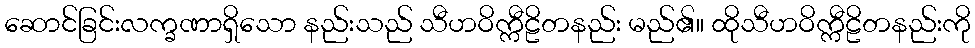
ဆောင်ခြင်းလက္ခဏာရှိသော နည်းသည် သီဟဝိက္ကီဠိတနည်း မည်၏။ ထိုသီဟဝိက္ကီဠိတနည်းကို